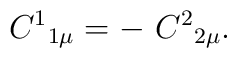
C^{1}{}_{1\mu } = -\ C^{2}{}_{2\mu } .